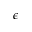
\boldsymbol { \epsilon }